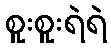
စူးစူးရဲရဲ